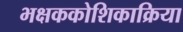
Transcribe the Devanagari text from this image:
भक्षककोशिकाक्रिया